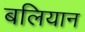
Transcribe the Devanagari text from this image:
बलियान